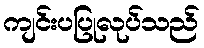
ကျင်းပပြုလုပ်သည်